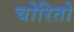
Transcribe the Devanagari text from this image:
चोरितो